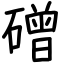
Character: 磳